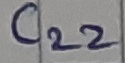
Text: C22